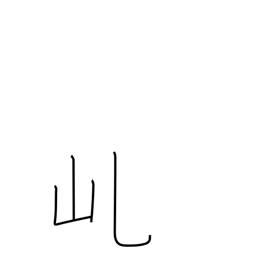
Meaning: mountain saddle